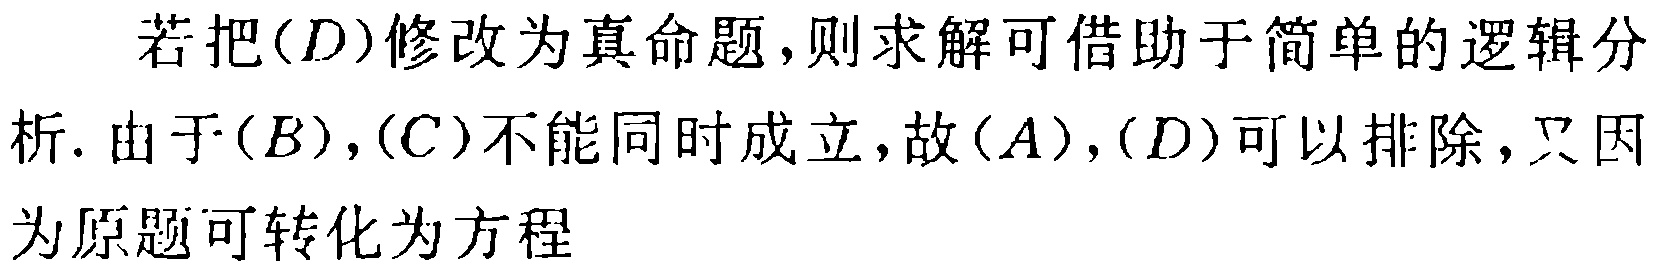
若把\((D)\)修改为真命题,则求解可借助于简单的逻辑分析. 由于\((B)\)，\((C)\)不能同时成立，故\((A)\)，\((D)\)可以排除，又因为原题可转化为方程